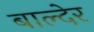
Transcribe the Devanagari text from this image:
बाल्देर